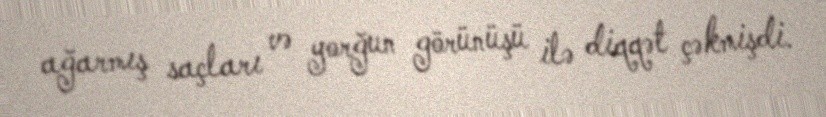
ağarmış saçları və yorğun görünüşü ilə diqqət çəkmişdi.